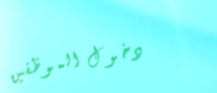
دخول الموظفين